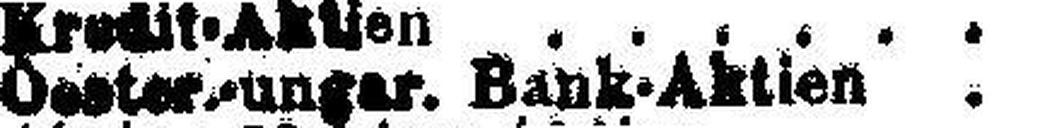
Oester.-ungar. Bank-Aktien